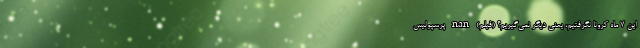
این ۷ ماه کرونا نگرفتیم، یعنی دیگر نمی‌گیریم؟ (فیلم) nan پرسپولیس